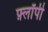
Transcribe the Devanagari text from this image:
फ़्लॉपी